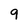
Character: 9